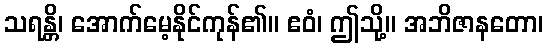
သရန္တိ၊ အောက်မေ့နိုင်ကုန်၏။ ဧဝံ၊ ဤသို့။ အဘိဇာနတော၊